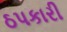
ઠપકારી